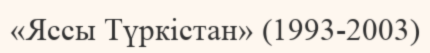
«Яссы Түркістан» (1993-2003)